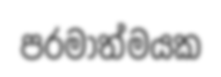
පරමාත්මයක